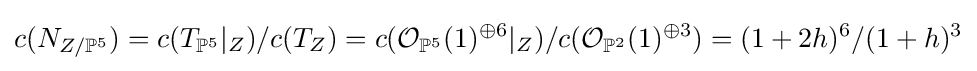
c(N_{Z/\mathbb {P} ^{5}})=c(T_{\mathbb {P} ^{5}}|_{Z})/c(T_{Z})=c({\mathcal {O}}_{\mathbb {P} ^{5}}(1)^{\oplus 6}|_{Z})/c({\mathcal {O}}_{\mathbb {P} ^{2}}(1)^{\oplus 3})=(1+2h)^{6}/(1+h)^{3}